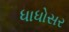
ધાધોસર